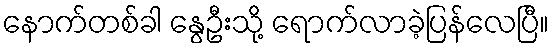
နောက်တစ်ခါ နွေဦးသို့ ရောက်လာခဲ့ပြန်လေပြီ။